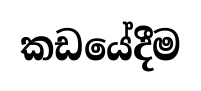
කඩයේදීම